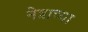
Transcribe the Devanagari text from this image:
नेत्राच्या